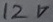
Text: 12V